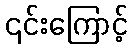
၎င်းကြောင့်